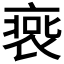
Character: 𧚹